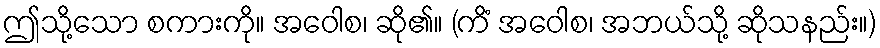
ဤသို့သော စကားကို။ အဝေါစ၊ ဆို၏။ (ကိံ အဝေါစ၊ အဘယ်သို့ ဆိုသနည်း။)